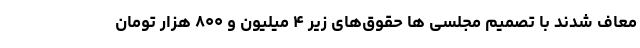
معاف شدند با تصمیم مجلسی ها حقوق‌های زیر ۴ میلیون و ۸۰۰ هزار تومان